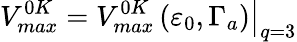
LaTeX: V_{max}^{0K}=\left.V_{max}^{0K}\left(\varepsilon_{0},\Gamma_{a}\right)\right\vert_{q=3}